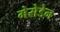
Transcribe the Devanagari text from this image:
मेसेडेन